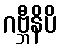
ဂဗ္ဘီနိပိ